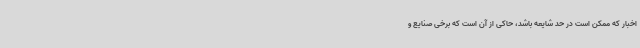
اخبار که ممکن است در حد شایعه باشد، حاکی از آن است که برخی صنایع و